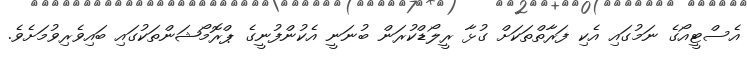
އެސްޓީއޯގެ ނަމުގައި އެކި ފަރާތްތަކަށް ގުޅާ ރީލޯޑްކުރަން ބުނަނީ އެކުންފުނީގެ ޕްރޮމޯޝަންތަކުގައި ބައިވެރިވުމަށެވެ.